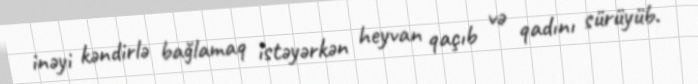
inəyi kəndirlə bağlamaq istəyərkən heyvan qaçıb və qadını sürüyüb.